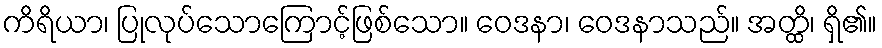
ကိရိယာ၊ ပြုလုပ်သောကြောင့်ဖြစ်သော။ ဝေဒနာ၊ ဝေဒနာသည်။ အတ္ထိ၊ ရှိ၏။